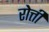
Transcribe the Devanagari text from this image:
रोत्ती